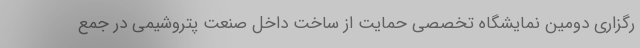
رگزاری دومین نمایشگاه تخصصی حمایت از ساخت داخل صنعت پتروشیمی در جمع